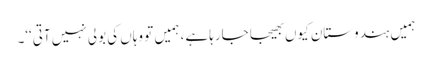
ہمیں ہندوستان کیوں بھیجا جارہا ہے، ہمیں تو وہاں کی بولی نہیں آتی‘‘۔